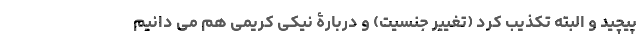
پیچید و البته تکذیب کرد (تغییر جنسیت) و دربارۀ نیکی کریمی هم می دانیم